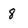
Character: 8